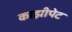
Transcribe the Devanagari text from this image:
काझीपेट